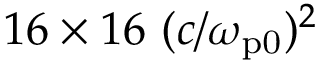
1 6 \times 1 6 ~ ( c / \omega _ { \mathrm { p 0 } } ) ^ { 2 }